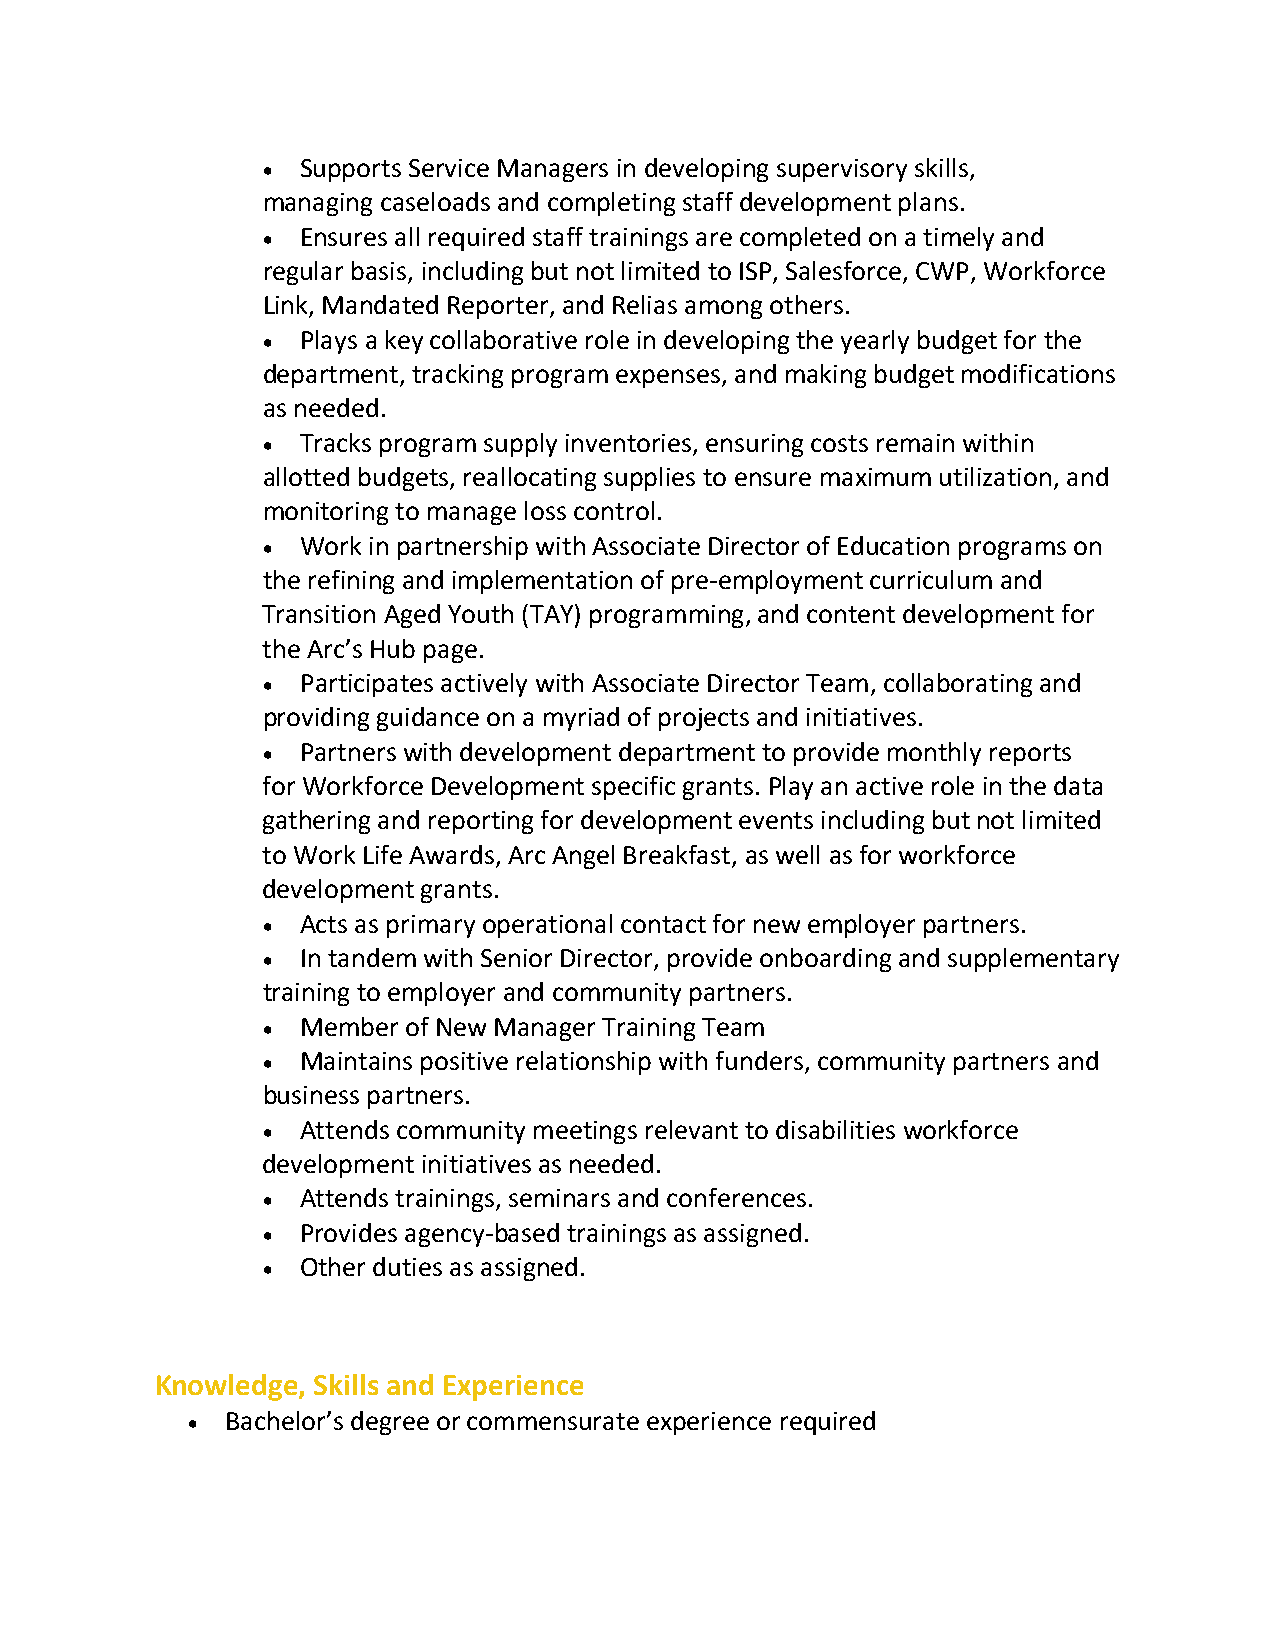
•  Supports Service Managers in developing supervisory skills,
 managing caseloads and completing staff development plans.
 •  Ensures all required staff trainings are completed on a timely and
 regular basis, including but not limited to ISP, Salesforce, CWP, Workforce
 Link, Mandated Reporter, and Relias among others.
 •  Plays a key collaborative role in developing the yearly budget for the
 department, tracking program expenses, and making budget modifications
 as needed.
 •  Tracks program supply inventories, ensuring costs remain within
 allotted budgets, reallocating supplies to ensure maximum utilization, and
 monitoring to manage loss control.
 •  Work in partnership with Associate Director of Education programs on
 the refining and implementation of pre-employment curriculum and
 Transition Aged Youth (TAY) programming, and content development for
 the Arc’s Hub page.
 •  Participates actively with Associate Director Team, collaborating and
 providing guidance on a myriad of projects and initiatives.
 •  Partners with development department to provide monthly reports
 for Workforce Development specific grants. Play an active role in the data
 gathering and reporting for development events including but not limited
 to Work Life Awards, Arc Angel Breakfast, as well as for workforce
 development grants.
 •  Acts as primary operational contact for new employer partners.
 •  In tandem with Senior Director, provide onboarding and supplementary
 training to employer and community partners.
 •  Member of New Manager Training Team
 •  Maintains positive relationship with funders, community partners and
 business partners.
 •  Attends community meetings relevant to disabilities workforce
 development initiatives as needed.
 •  Attends trainings, seminars and conferences.
 •  Provides agency-based trainings as assigned.
 •  Other duties as assigned.
 Knowledge, Skills and Experience
 •  Bachelor’s degree or commensurate experience required